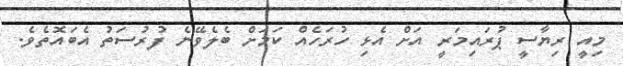
މިއީ ރިޔާސީ ޕުރައިމަރީ އަށް އެޅި ހުރަހެއް ކަމަށް ބެލެވޭނެ ފުރުސަތު އެބައޮތެވެ.